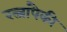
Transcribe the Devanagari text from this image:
रत्नांपैकी